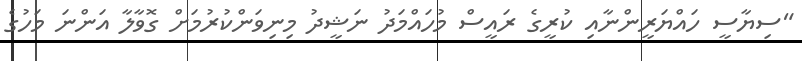
"ސިޔާސީ ހައްޔަރީންނާއި ކުރީގެ ރައީސް މުހައްމަދު ނަޝީދު މިނިވަންކުރުމަށް ގޮވާލާ އަންނަ މަހުގެ